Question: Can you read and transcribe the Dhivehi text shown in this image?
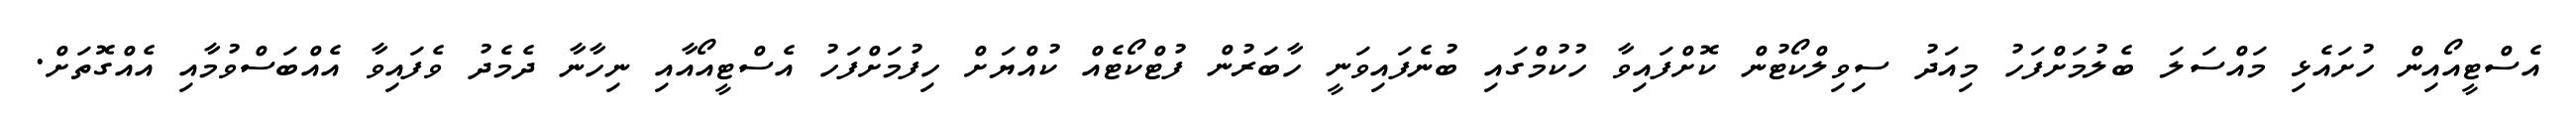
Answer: އެސްޓީއޯއިން ހުށައެޅި މައްސަލަ ބެލުމަށްފަހު މިއަދު ސިވިލްކޯޓުން ކޮށްފައިވާ ހުކުމްގައި ބުނެފައިވަނީ ހާބަރުން ފުޓްކޯޓެއް ކުއްޔަށް ހިފުމަށްފަހު އެސްޓީއޯއާއި ނިހާނާ ދެމެދު ވެފައިވާ އެއްބަސްވުމާއި އެއްގޮތަށް.